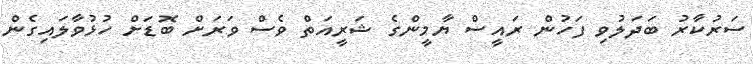
ސަރުކާރު ބަދަލުވި ފަހުން ރައީސް ޔާމީންގެ ޝަރީއަތް ވެސް ވަރަށް ބޮޑަށް ހުޅުވާލައިގެން